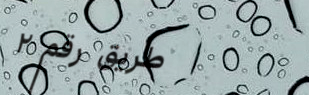
طريق رقم ٢